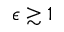
\epsilon \gtrsim 1